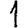
Digit: 1